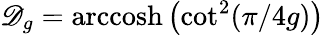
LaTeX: \mathscr{D}_{g}=\textnormal{arccosh}\left(\cot^{2}(\pi/4g)\right)